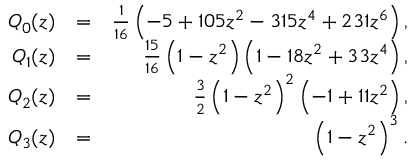
\begin{array} { r l r } { Q _ { 0 } ( z ) } & { = } & { \frac { 1 } { 1 6 } \left( - 5 + 1 0 5 z ^ { 2 } - 3 1 5 z ^ { 4 } + 2 3 1 z ^ { 6 } \right) , } \\ { Q _ { 1 } ( z ) } & { = } & { \frac { 1 5 } { 1 6 } \left( 1 - z ^ { 2 } \right) \left( 1 - 1 8 z ^ { 2 } + 3 3 z ^ { 4 } \right) , } \\ { Q _ { 2 } ( z ) } & { = } & { \frac { 3 } { 2 } \left( 1 - z ^ { 2 } \right) ^ { 2 } \left( - 1 + 1 1 z ^ { 2 } \right) , } \\ { Q _ { 3 } ( z ) } & { = } & { \left( 1 - z ^ { 2 } \right) ^ { 3 } . } \end{array}